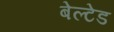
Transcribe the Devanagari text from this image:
बेल्टेड